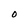
Character: O